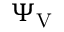
\Psi _ { \mathrm { V } }